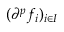
( \partial ^ { p } f _ { i } ) _ { i \in I }